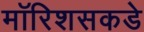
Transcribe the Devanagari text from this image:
मॉरिशसकडे